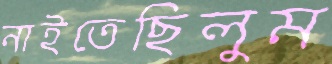
নাইতেছিলুম